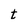
Character: t